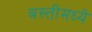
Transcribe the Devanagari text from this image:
बस्तीमध्ये